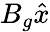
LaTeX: B_{g}\hat{x}